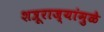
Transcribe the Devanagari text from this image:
शत्रूराज्यांमुळे